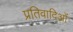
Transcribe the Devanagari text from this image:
प्रतिवादिओं